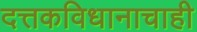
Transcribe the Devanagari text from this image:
दत्तकविधानाचाही